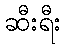
ဆီးရီး